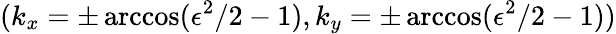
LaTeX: (k_{x}=\pm\operatorname{arccos}(\epsilon^{2}/2-1),k_{y}=\pm\operatorname{arccos}(\epsilon^{2}/2-1))